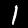
Label: 1